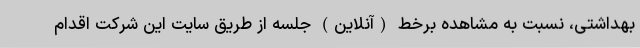
بهداشتی، نسبت به مشاهده برخط (آنلاین) جلسه از طریق سایت این شرکت اقدام